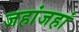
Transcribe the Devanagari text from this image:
जहांजहां